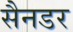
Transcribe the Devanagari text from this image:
सैनडर